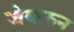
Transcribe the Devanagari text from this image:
जेकरुन